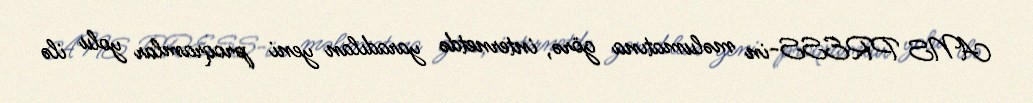
ANS PRESS-in məlumatına görə, internetdə yaradılan yeni proqramlar yolu ilə